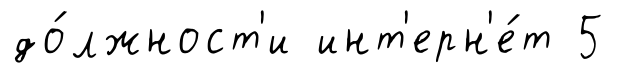
до́лжност'и инт'ерн'е́т 5